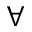
\forall